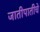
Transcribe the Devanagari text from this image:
जातीपातीचे